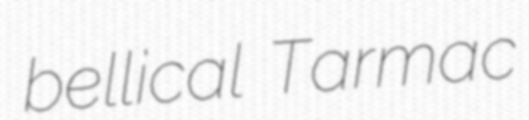
bellical Tarmac